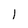
Character: l